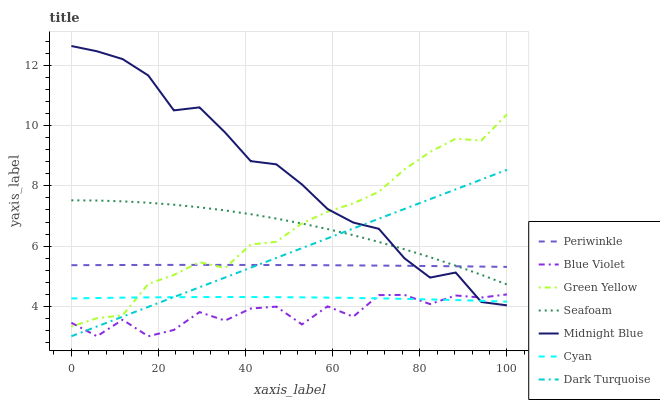
| xaxis_label | Periwinkle | Blue Violet | Green Yellow | Seafoam | Midnight Blue | Cyan | Dark Turquoise |
 | --- | --- | --- | --- | --- | --- | --- | --- |
 | 0 | 5.36 | 3.45 | 3.32 | 7.52 | 12.7 | 4.26 | 3 |
 | 5.88 | 5.37 | 3 | 3.6 | 7.51 | 12.5 | 4.27 | 3.33 |
 | 11.8 | 5.37 | 3.55 | 3.7 | 7.49 | 12.2 | 4.28 | 3.65 |
 | 17.6 | 5.37 | 3 | 4.74 | 7.44 | 11.7 | 4.29 | 3.98 |
 | 23.5 | 5.37 | 3.21 | 5.04 | 7.38 | 10.5 | 4.3 | 4.3 |
 | 29.4 | 5.37 | 3.8 | 5.46 | 7.29 | 10.6 | 4.3 | 4.63 |
 | 35.3 | 5.37 | 3.52 | 5.27 | 7.18 | 9.78 | 4.31 | 4.95 |
 | 41.2 | 5.37 | 3.92 | 6.05 | 7.06 | 8.82 | 4.3 | 5.28 |
 | 47.1 | 5.37 | 3.99 | 6.14 | 6.91 | 8.72 | 4.3 | 5.61 |
 | 52.9 | 5.37 | 3.39 | 6.75 | 6.75 | 8.05 | 4.29 | 5.93 |
 | 58.8 | 5.36 | 3.99 | 7.14 | 6.57 | 7.23 | 4.29 | 6.26 |
 | 64.7 | 5.36 | 3.65 | 7.42 | 6.36 | 6.78 | 4.27 | 6.58 |
 | 70.6 | 5.35 | 4.37 | 7.81 | 6.14 | 6.57 | 4.26 | 6.91 |
 | 76.5 | 5.34 | 4.38 | 8.55 | 5.89 | 5.59 | 4.24 | 7.23 |
 | 82.4 | 5.34 | 4.07 | 9.13 | 5.63 | 4.95 | 4.22 | 7.56 |
 | 88.2 | 5.33 | 4.36 | 9.57 | 5.35 | 5.12 | 4.2 | 7.89 |
 | 94.1 | 5.32 | 4.29 | 9.51 | 5.04 | 4.14 | 4.18 | 8.21 |
 | 100 | 5.31 | 4.39 | 10.4 | 4.72 | 4.03 | 4.15 | 8.54 |